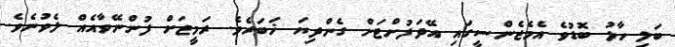
ބަލި ހާލު ބޮޑުވެ އެމެޖެންސީގައި އޭދަފުށްޓަށް ގެންދިޔަ ޚަބަރެވެ. ރަމީޒަށް ފުންނޭވާއެއް ލެވުނެވެ.